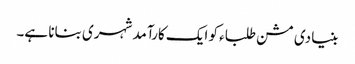
بنیادی مشن طلباء کو ایک کارآمد شہری بنانا ہے۔